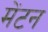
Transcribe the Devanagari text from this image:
मेंटन